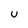
Character: U